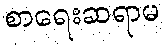
စာရေးဆရာမ